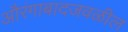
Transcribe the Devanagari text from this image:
औरंगाबादजवळील